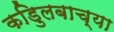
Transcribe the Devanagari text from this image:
कडुिलबाच्या